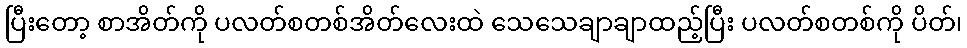
ပြီးတော့ စာအိတ်ကို ပလတ်စတစ်အိတ်လေးထဲ သေသေချာချာထည့်ပြီး ပလတ်စတစ်ကို ပိတ်၊